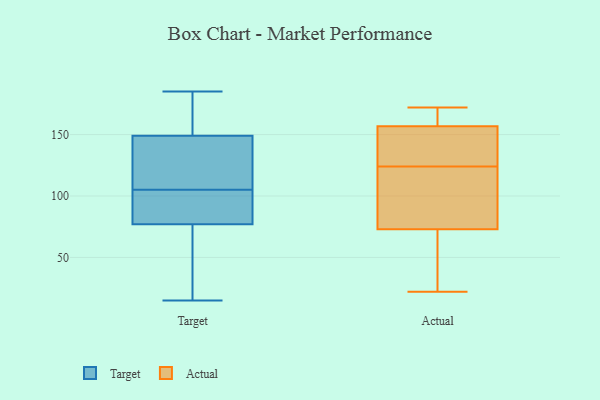
{"axis": {"x": "Revenue (USD Million)", "y": "Value"}, "legend": ["Actual", "Target"], "data": [{"x": "", "y": 145, "type": "Target"}, {"x": "", "y": 43, "type": "Target"}, {"x": "", "y": 96, "type": "Target"}, {"x": "", "y": 114, "type": "Target"}, {"x": "", "y": 160, "type": "Target"}, {"x": "", "y": 120, "type": "Target"}, {"x": "", "y": 148, "type": "Target"}, {"x": "", "y": 83, "type": "Target"}, {"x": "", "y": 185, "type": "Target"}, {"x": "", "y": 71, "type": "Target"}, {"x": "", "y": 158, "type": "Target"}, {"x": "", "y": 15, "type": "Target"}, {"x": "", "y": 169, "type": "Target"}, {"x": "", "y": 149, "type": "Target"}, {"x": "", "y": 89, "type": "Target"}, {"x": "", "y": 77, "type": "Target"}, {"x": "", "y": 69, "type": "Target"}, {"x": "", "y": 95, "type": "Target"}, {"x": "", "y": 22, "type": "Actual"}, {"x": "", "y": 124, "type": "Actual"}, {"x": "", "y": 40, "type": "Actual"}, {"x": "", "y": 143, "type": "Actual"}, {"x": "", "y": 166, "type": "Actual"}, {"x": "", "y": 39, "type": "Actual"}, {"x": "", "y": 134, "type": "Actual"}, {"x": "", "y": 165, "type": "Actual"}, {"x": "", "y": 154, "type": "Actual"}, {"x": "", "y": 84, "type": "Actual"}, {"x": "", "y": 172, "type": "Actual"}, {"x": "", "y": 102, "type": "Actual"}, {"x": "", "y": 113, "type": "Actual"}]}